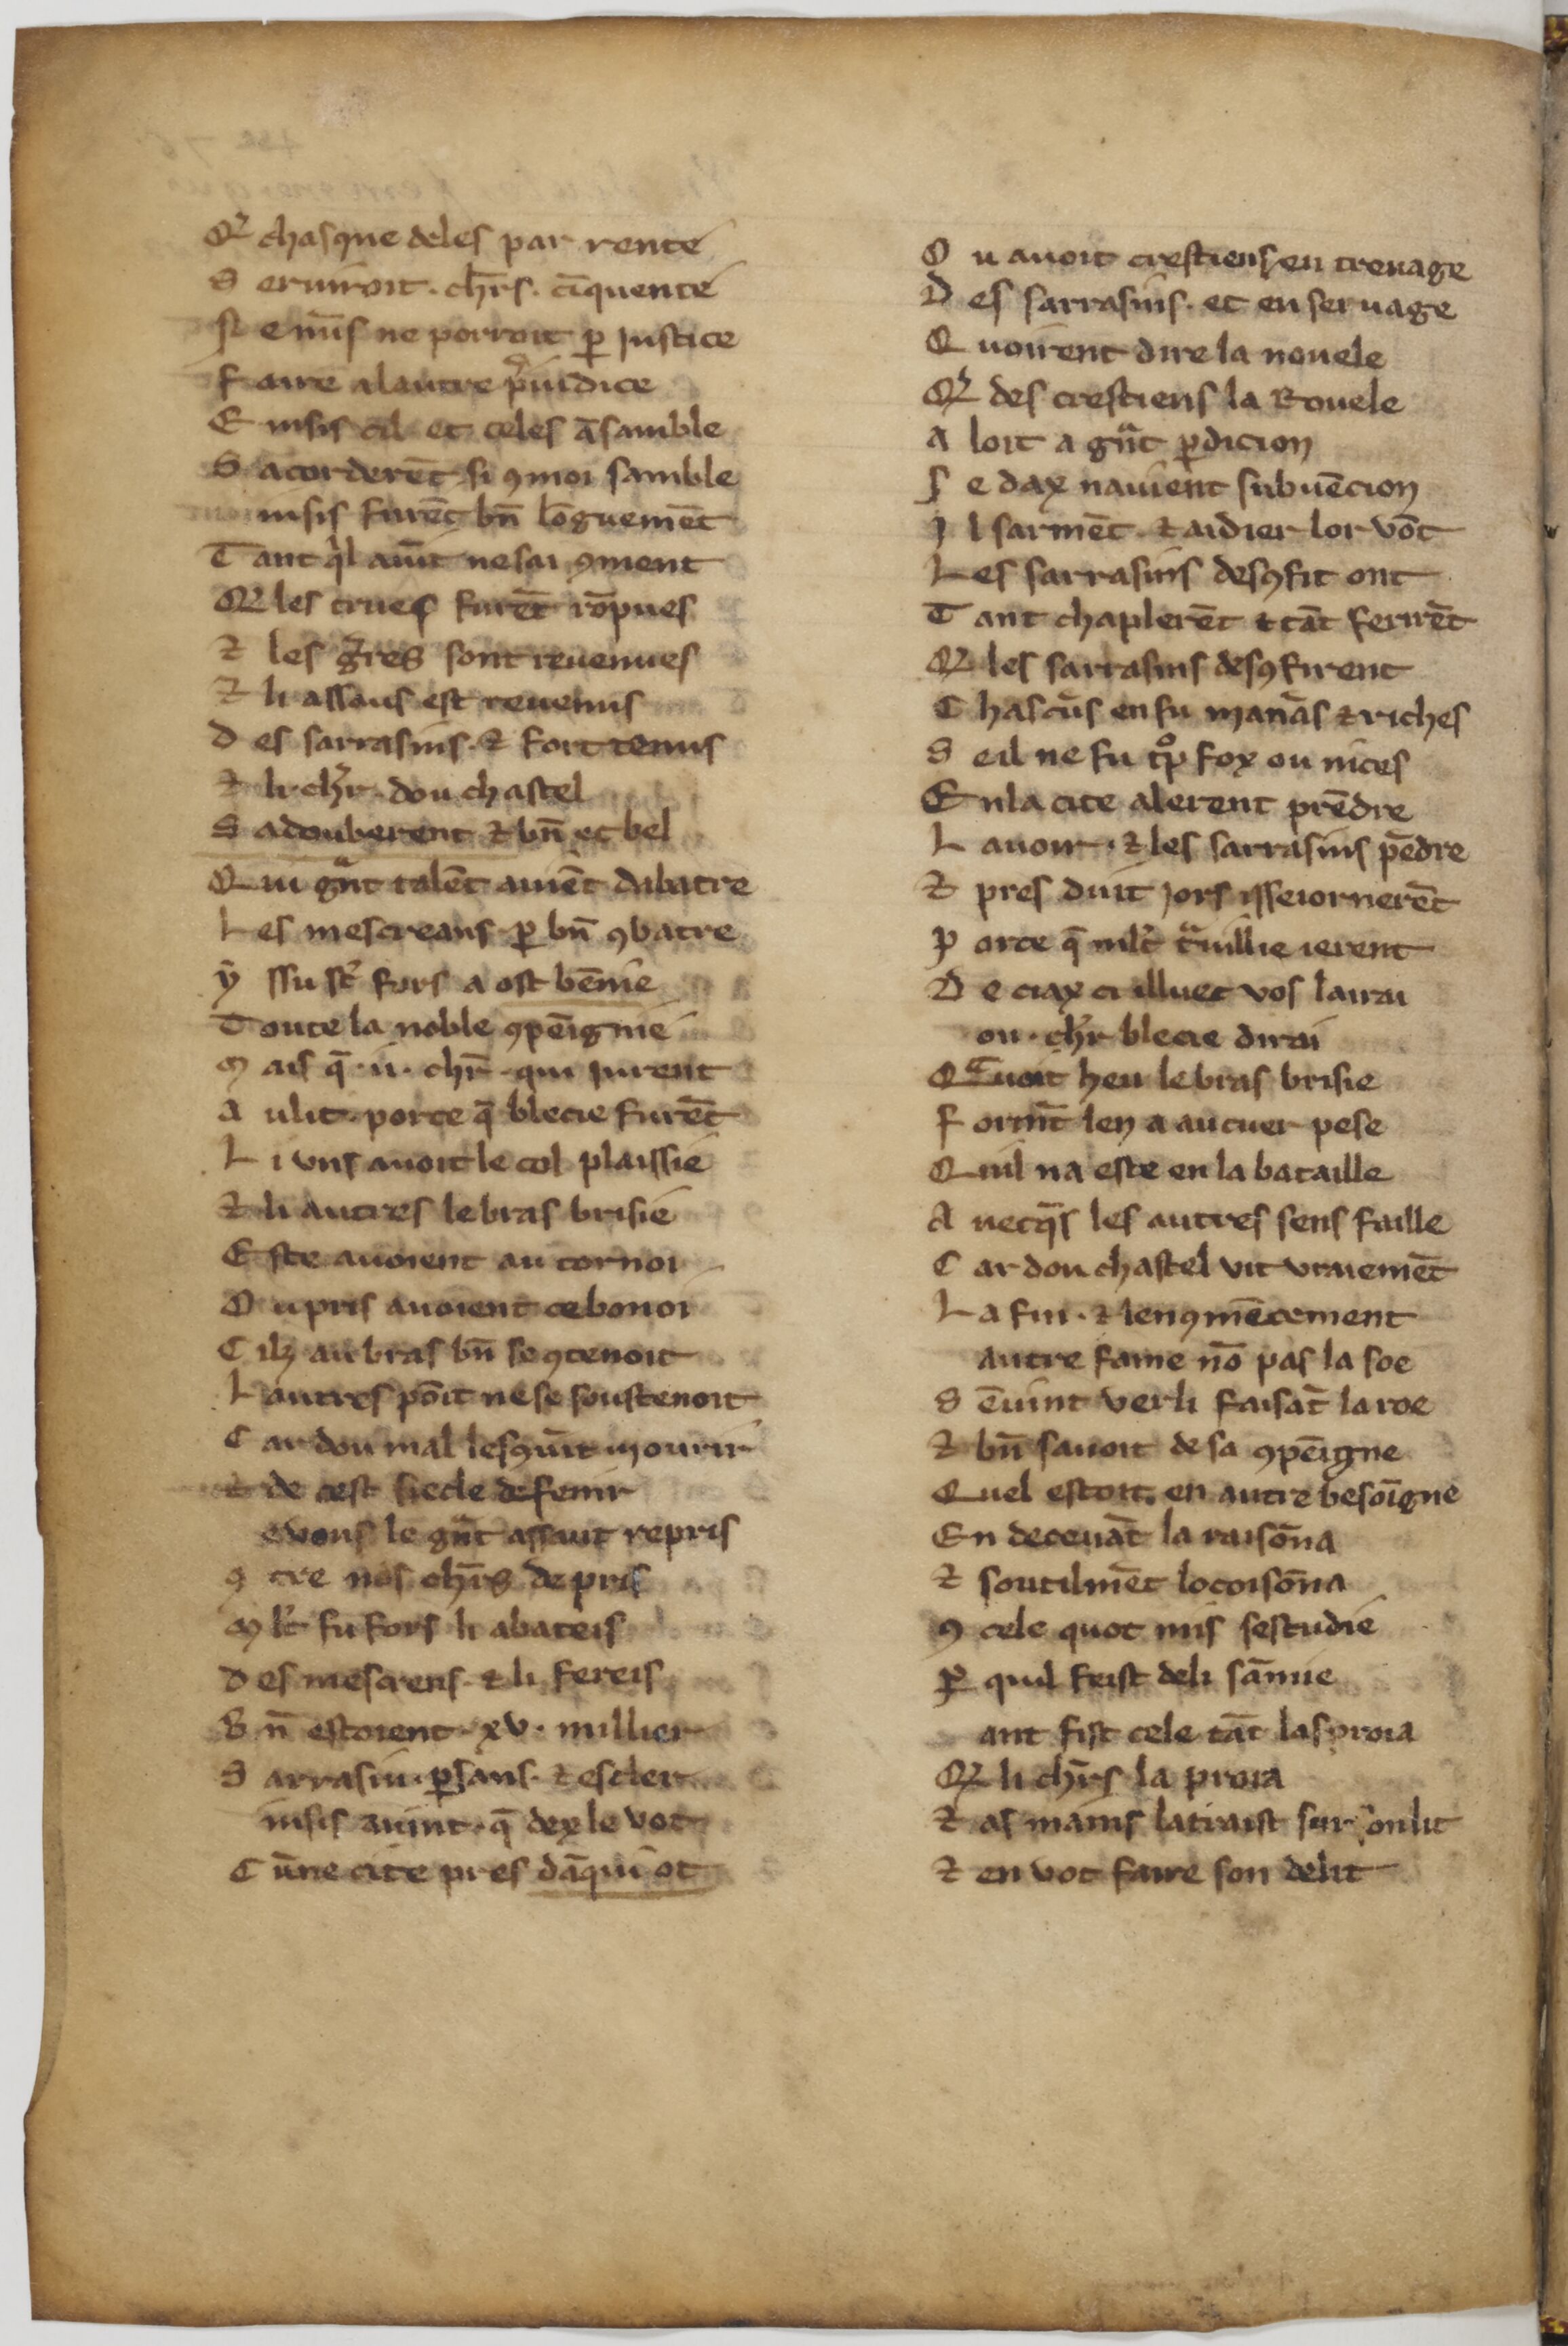
Shelfmark: Paris, BnF, fr. 25545
Century: 14